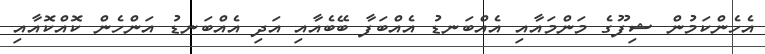
އެހެންކަމުން ޝިފޫގެ މަންމައާއި އެއްބަނޑު އެއްބަފާ ބޭބެއާއި އަދި އެއްބަނޑު އަންހެން ކޮއްކޮއާއި